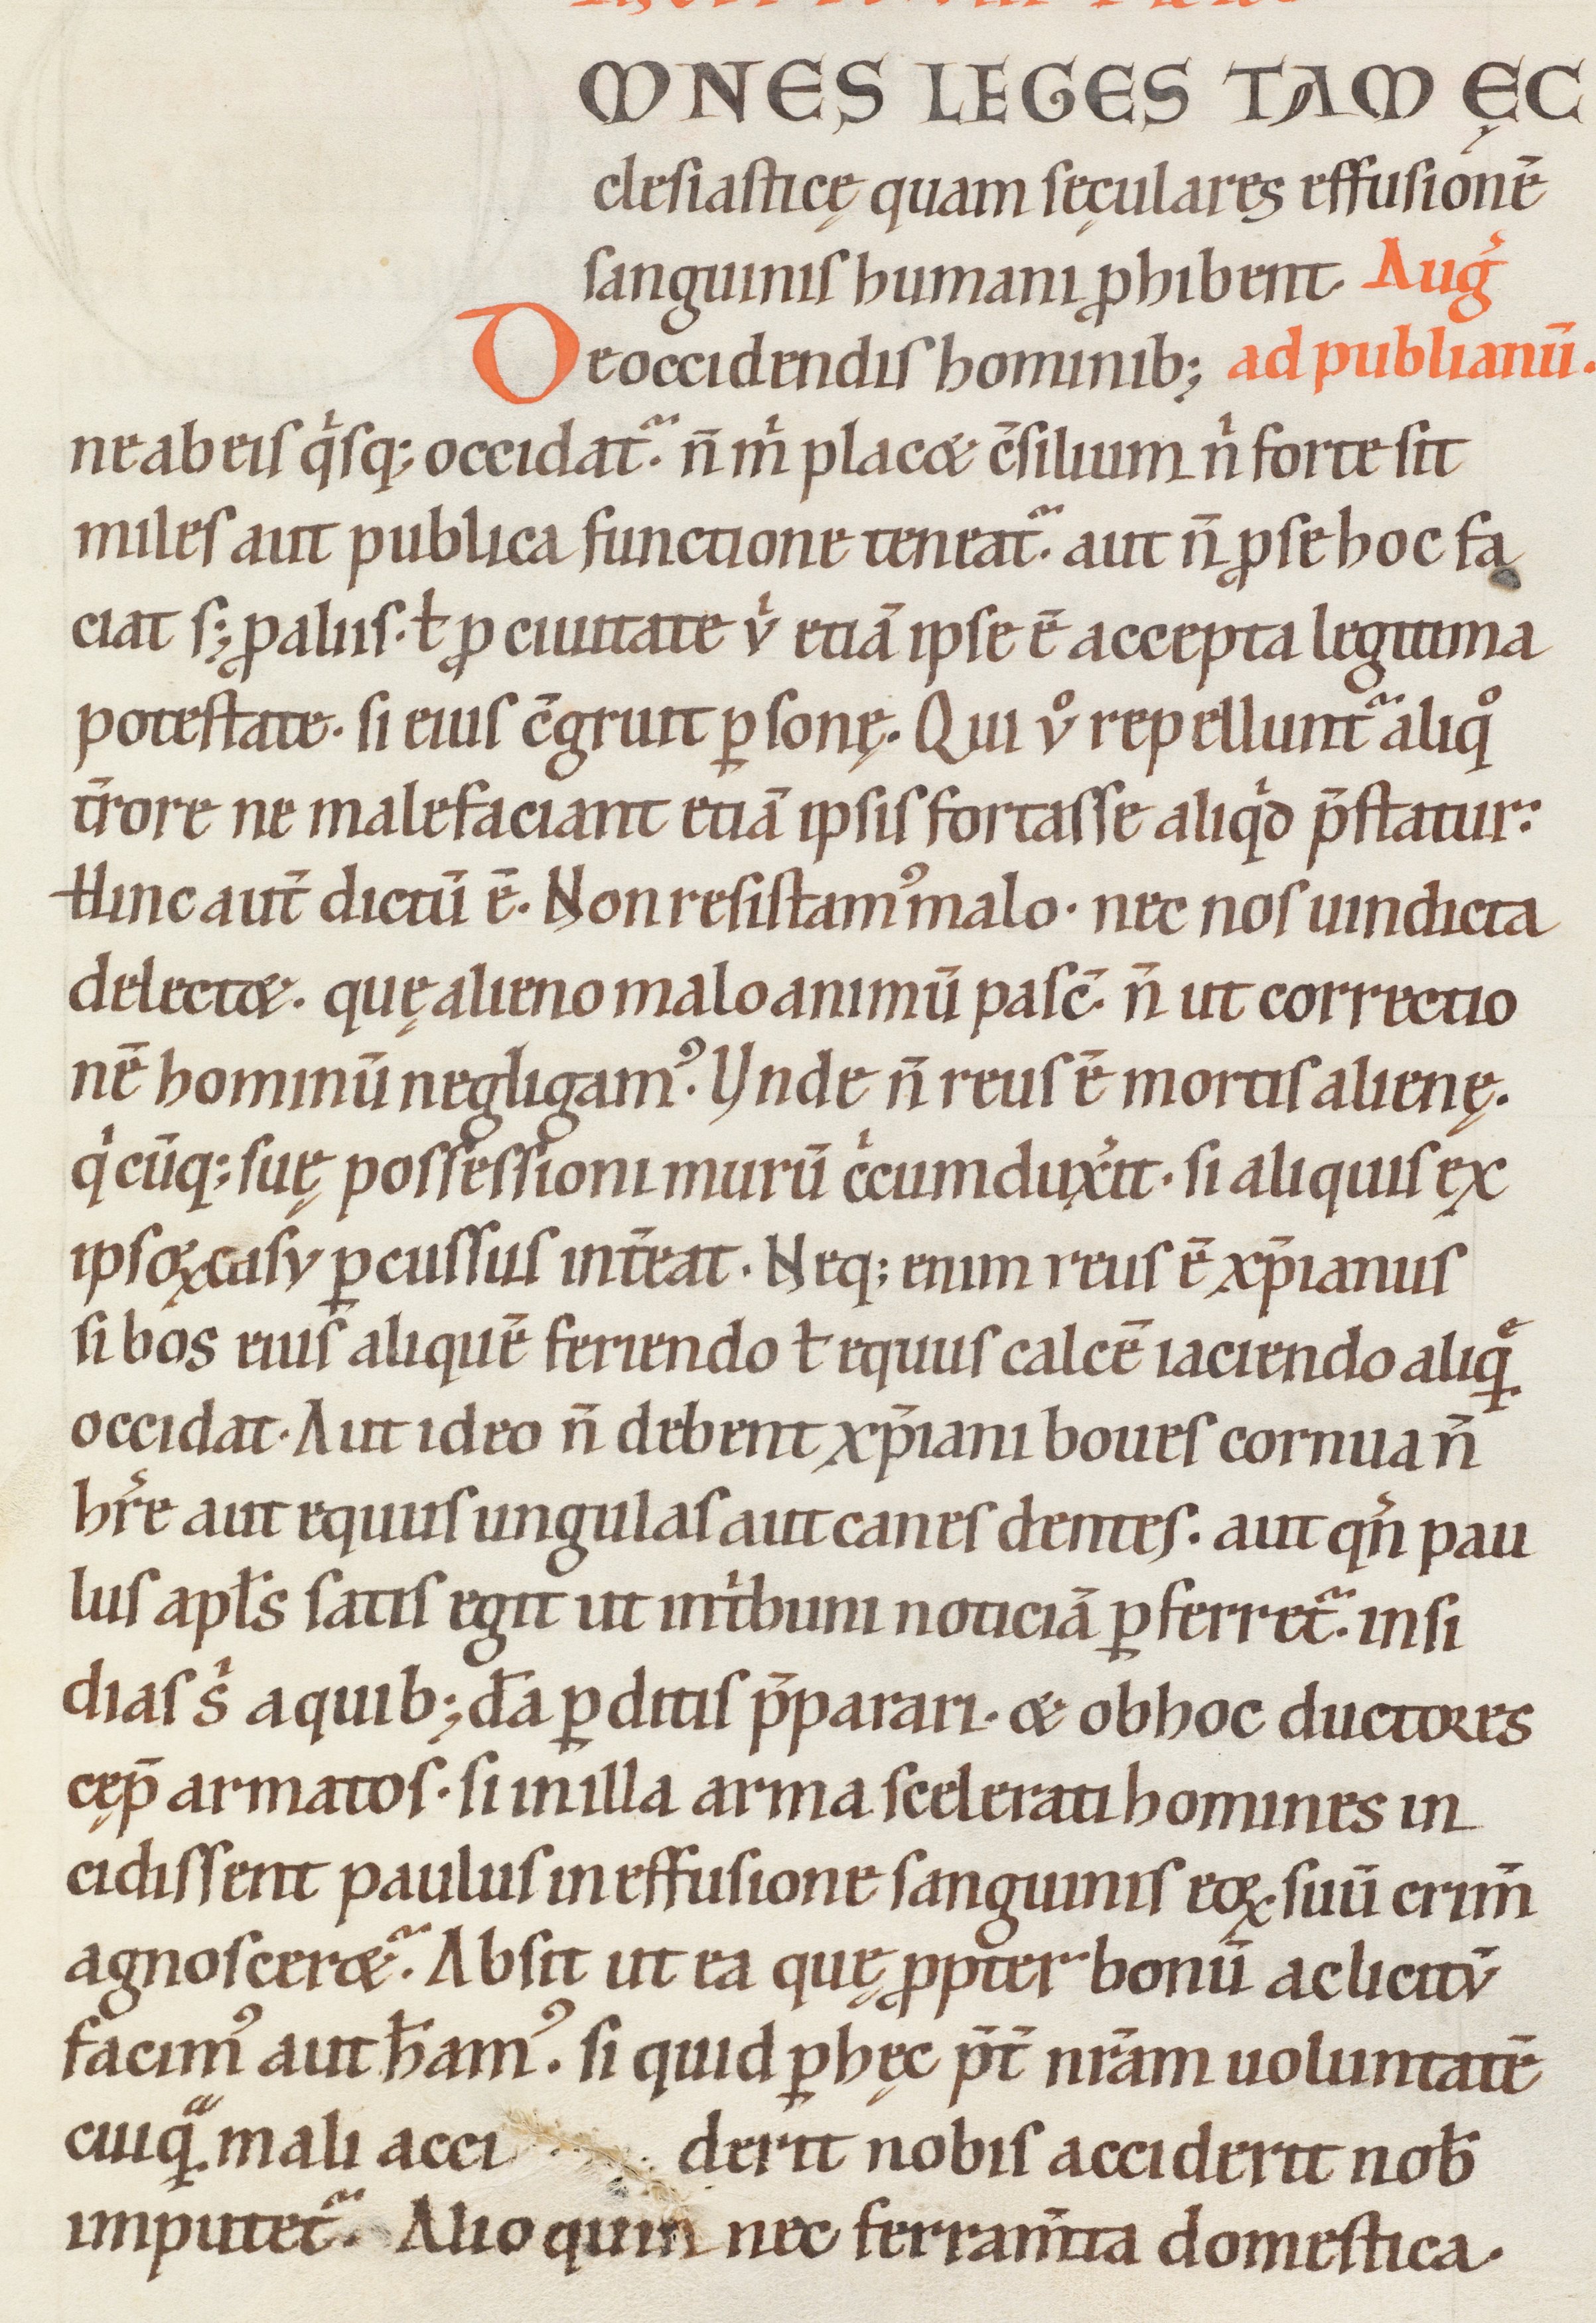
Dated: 1100–1199